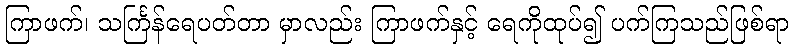
ကြာဖက်၊ သင်္ကြန်ရေပတ်တာ မှာလည်း ကြာဖက်နှင့် ရေကိုထုပ်၍ ပက်ကြသည်ဖြစ်ရာ